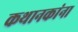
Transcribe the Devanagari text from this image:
कथानकांना